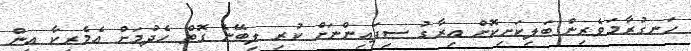
ހަނގުރާމަވެރިން ބަލިކަށިކޮށް އިރާގު ސިފައިންނަށް ކުރި ލިބޭނެ ގޮތް ހެދުމަށް އެމެރިކާ އިން